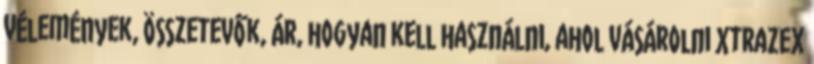
vélemények, összetevők, ár, hogyan kell használni, ahol vásárolni Xtrazex